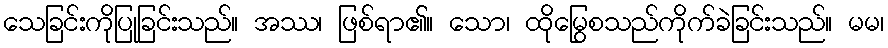
သေခြင်းကိုပြုခြင်းသည်။ အဿ၊ ဖြစ်ရာ၏။ သော၊ ထိုမြွေစသည်ကိုက်ခဲခြင်းသည်။ မမ၊